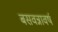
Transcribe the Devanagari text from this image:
बसवन्नावर्ष